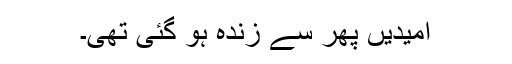
امیدیں پھر سے زندہ ہو گئی تھی۔